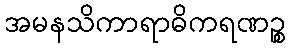
အမနသိကာရာဓိကရဏဉ္စ